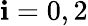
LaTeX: \mathbf{i}=0,2